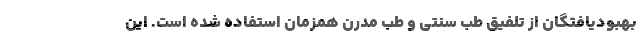
بهبودیافتگان از تلفیق طب سنتی و طب مدرن همزمان استفاده شده است. این